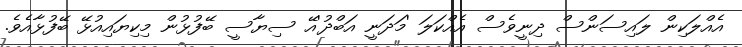
އެއްލަކިން ލައިސަންސް ދިނީވެސް އެއްކަލަ 'މަދަނީ އަބްދު'އޭ ސިޔާސީ ބޭފުޅުން މިކިޔައިއުޅޭ ބޭފުޅާއެވެ.